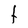
Character: t